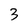
Character: 3